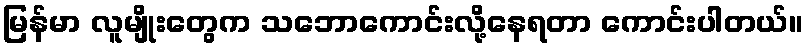
မြန်မာ လူမျိုးတွေက သဘောကောင်းလို့နေရတာ ကောင်းပါတယ်။